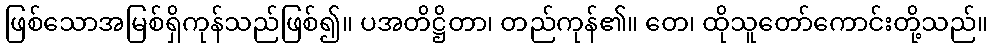
ဖြစ်သောအမြစ်ရှိကုန်သည်ဖြစ်၍။ ပအတိဋ္ဌိတာ၊ တည်ကုန်၏။ တေ၊ ထိုသူတော်ကောင်းတို့သည်။